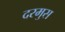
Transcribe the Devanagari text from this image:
दरमुस